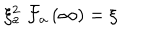
\xi _ { a } ^ { 2 } \; \mathcal { F } _ { a } \left( \infty \right) = \xi